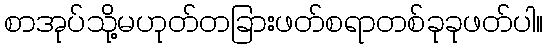
စာအုပ်သို့မဟုတ်တခြားဖတ်စရာတစ်ခုခုဖတ်ပါ။